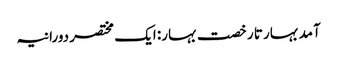
آمد بہار تا رخصت بہار: ایک مختصر دورانیہ